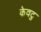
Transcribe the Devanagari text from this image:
केवटु